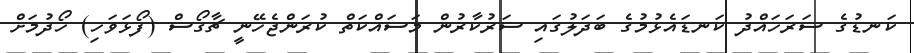
ކަނޑުގެ ސަރަހައްދު ކަނޑައެޅުމުގެ ބަދަލުގައި ސަރުކާރުން މަސައްކަތް ކުރަންޖެހޭނީ ޗާގޯސް (ފޯޅަވަހި) ހޯދުމަށް